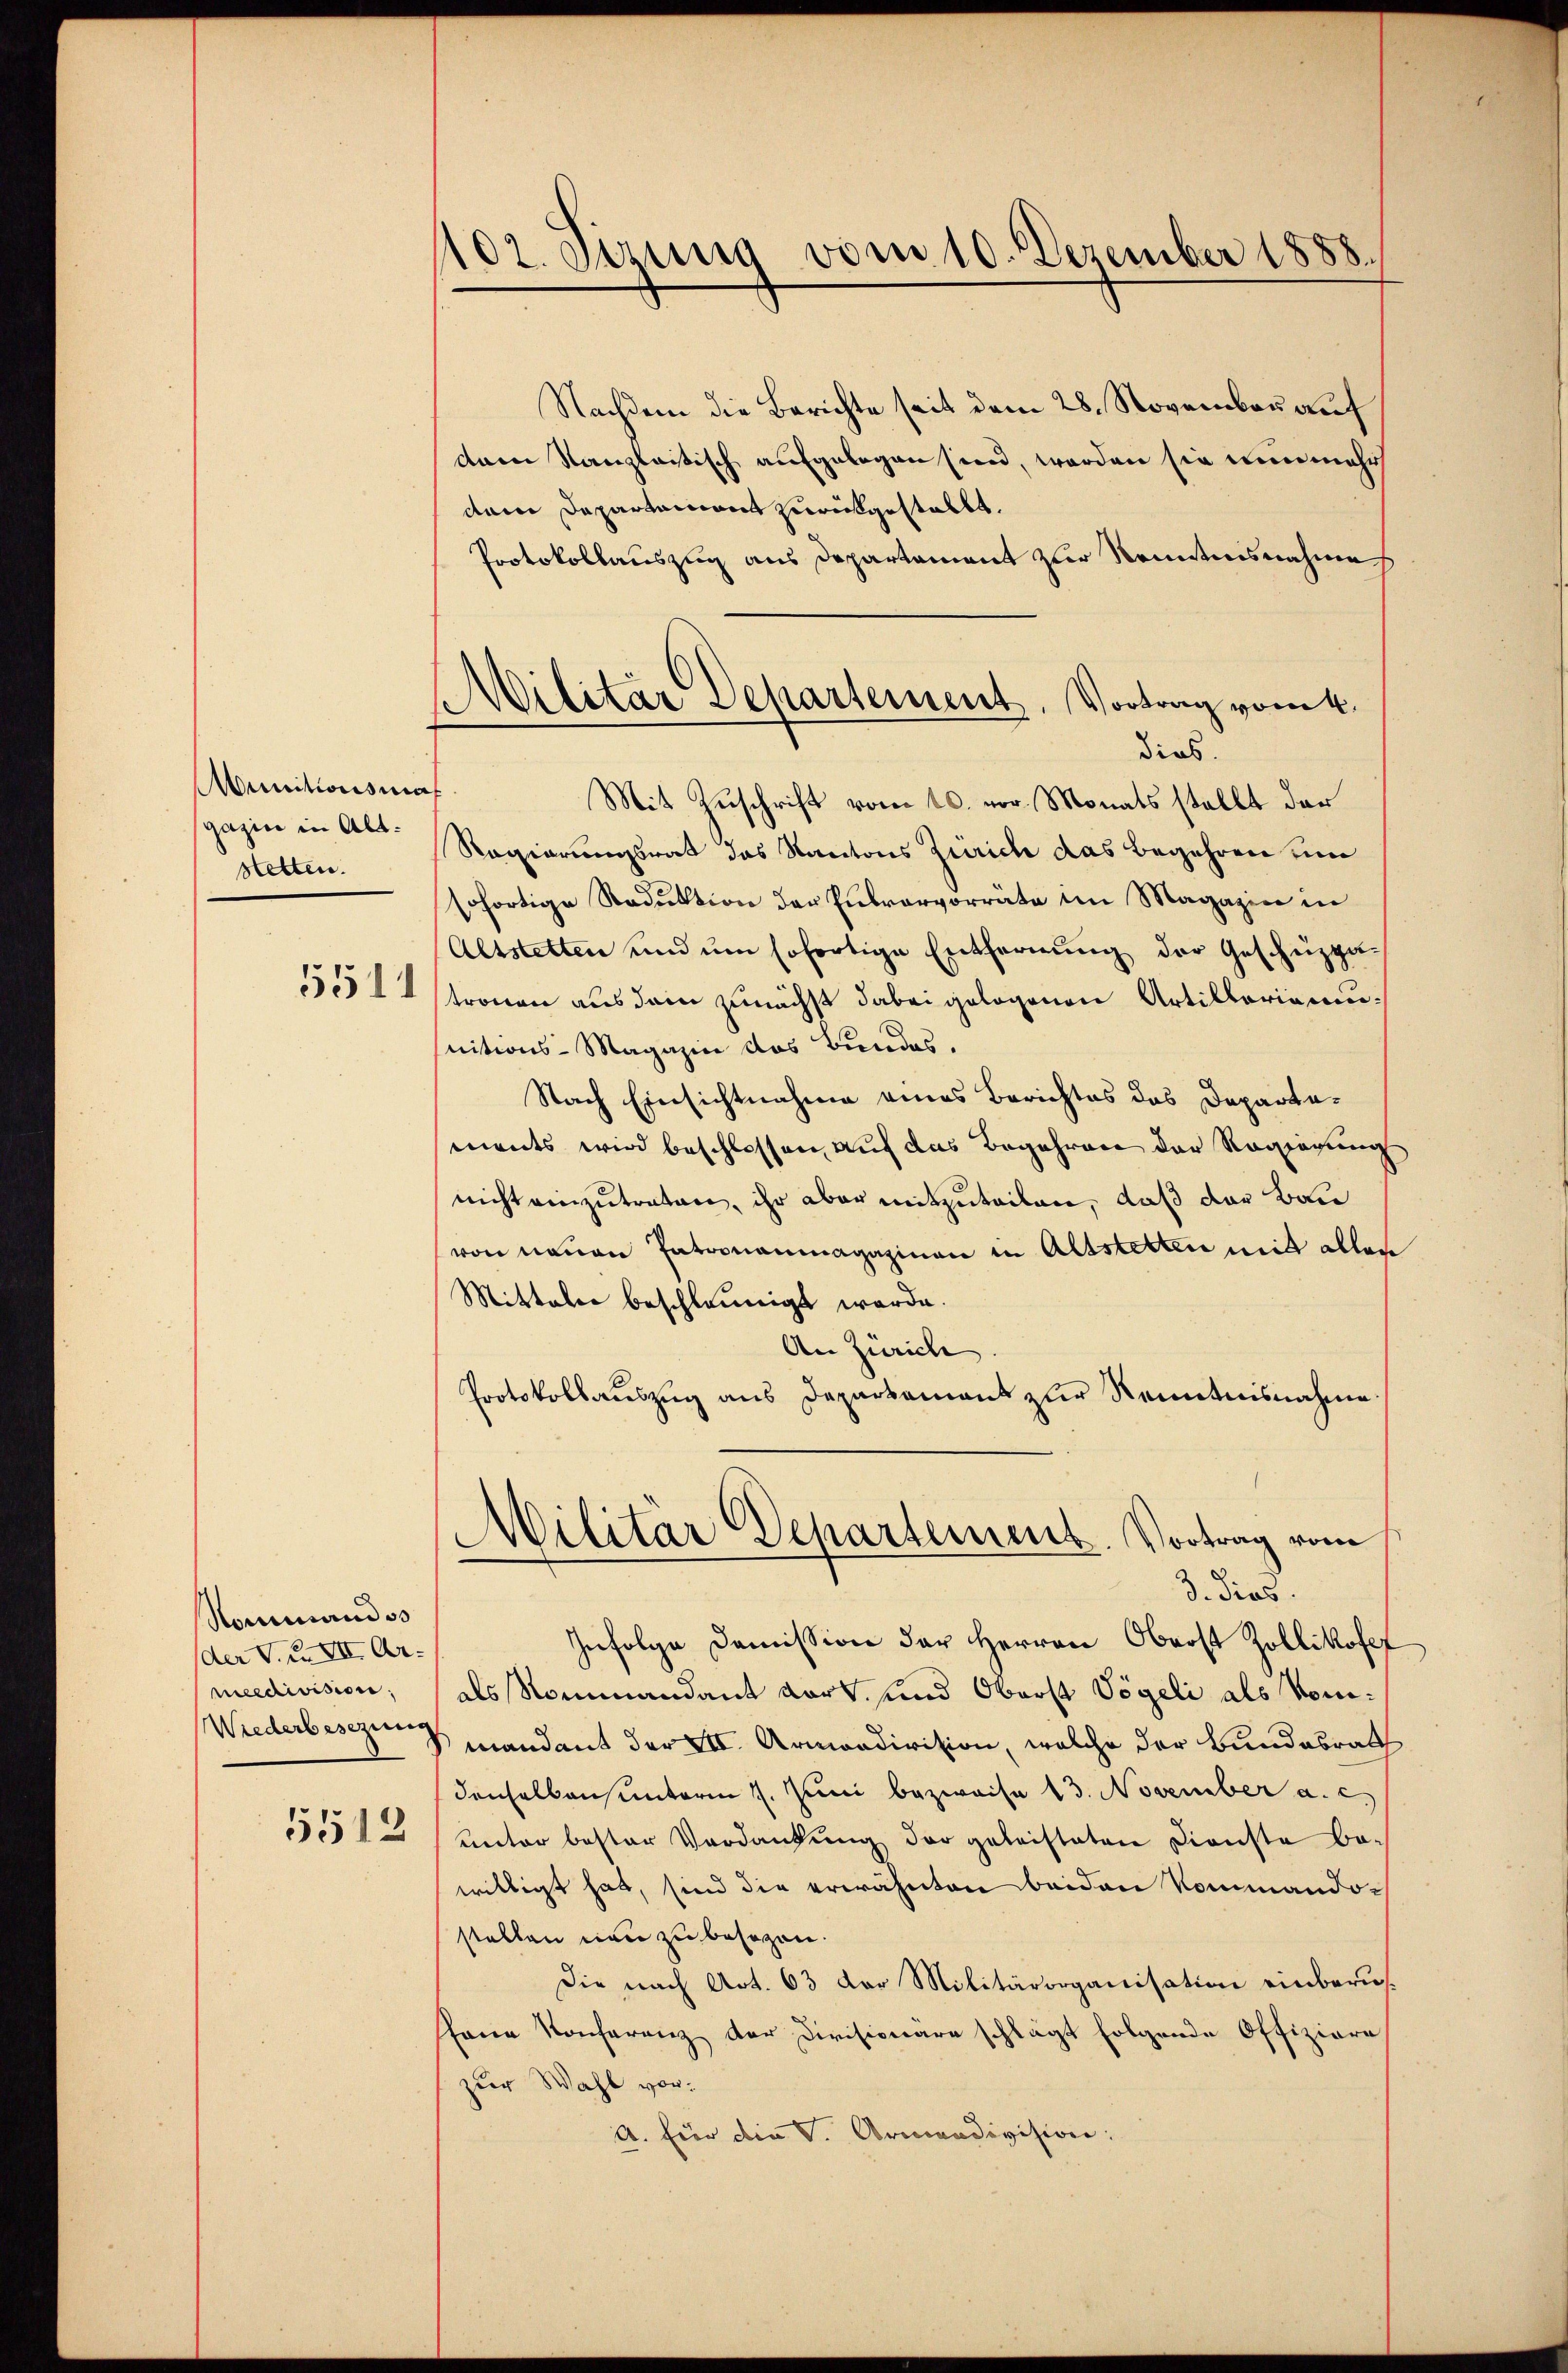
Munitionswal
gazin in Alt:
stetten.

5511

Nommandos
der V. XXXII Armeedivision.
Wiederbesezung
5512

1102. stung vom 10. Dezember 1888.

¬
Militar Departement, Vortrag vom 4.

Nachdem die Berichte seit dem 28. November auf
dam Kanzleitisch aufgelegen sien, werden sie nunmehr
dam Departainant zurükgestallt.
Protokollauszug aus Departement zur Kenntnisnahme
dieb.
Mit Zuschrift vom 10. vor. Monats stellt der
Regierungsrat das Kantons Zürich das Begehren um
sofortige Reduktion der Entervorräte im Magazin in
Altstetten und um sofortige Entfernung der Geschüzpa-
tronen aus dem zunächst dabei gelogenen Artillariannitions-Magazin das Bundes,
Nach Einsichtnahme eines Berichtes das Departements wird beschlossen, auf das Begehren der Regierung
nicht einzutreten, ihr aber mitzuteilen, daß der Bau
von neuen Patronaumagazinen in Altstetten mit alles
Mittaler beschleunigt werde.
An Zürich
Protokollauszug aus Departamant zur Kenntnisnahme
Militar Departement. Vortrag vom
3. dies.
Infolge Domission der Herren Oberst Zollikofer
als Nominandant dort, und Oberst Vögeli als Nomi¬
Smandant der XII. Armondivision, welche der Bundesrath
denselbensunterm 7. Juni bezweife 13. November a. c.
unter bester Verdankung der geleisteten Dienste be-
willigt hat, sind die erwähnten beiden Kommandostellen neu zu besezen.
Die nach Art. 63 der Militärorganisation einberushene Konferenz der Divisionare schlägt folgende Offiziere
zur Wahl vor¬
A. Für die V. Ormondivision.